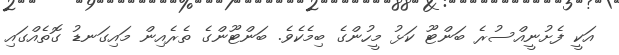
އަކީ ފެށުނީއްސުރެ ބަންޓޫ ކަޅު މީހުންގެ ބިމެކެވެ. ބަންޓޫންގެ ތެރެއިން މައިގަނޑު ގޮތެއްގައި